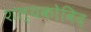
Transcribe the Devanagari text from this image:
शल्यकोविद